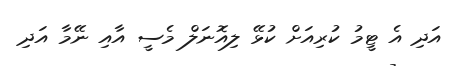
އަދި އެ ޓީމު ކުރިއަށް ކުޅޭ ލިއޮނަލް މެސީ އާއި ނޭމާ އަދި